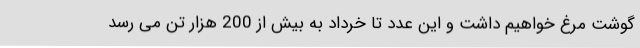
گوشت مرغ خواهیم داشت و این عدد تا خرداد به بیش از 200 هزار تن می رسد